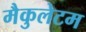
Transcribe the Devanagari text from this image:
मैकुलेटम